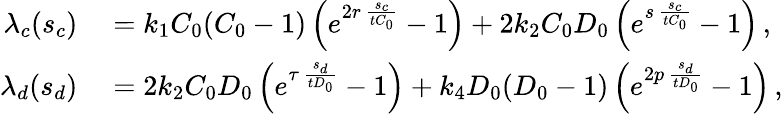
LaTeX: \begin{array}{rl}{\lambda_{c}(s_{c})}&{{}=k_{1}C_{0}(C_{0}-1)\left(e^{2r\, \frac{s_{c}}{tC_{0}}}-1\right)+2k_{2}C_{0}D_{0}\left(e^{s\, \frac{s_{c}}{tC_{0}}}-1\right)\, ,}\\ {\lambda_{d}(s_{d})}&{{}=2k_{2}C_{0}D_{0}\left(e^{\tau\, \frac{s_{d}}{tD_{0}}}-1\right)+k_{4}D_{0}(D_{0}-1)\left(e^{2p\, \frac{s_{d}}{tD_{0}}}-1\right)\, ,}\end{array}